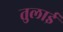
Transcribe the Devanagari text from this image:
तुलाई